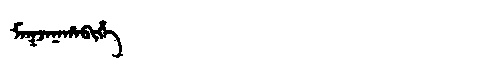
Manchu: ᠮᠠᡴᠵᠠᠨᠠᡥᠠᠪᡳᡥᡝ
Romanization: MAKJANAHABIHE